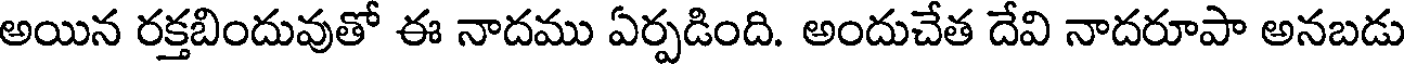
అయిన రక్తబిందువుతో ఈ నాదము ఏర్పడింది. అందుచేత దేవి నాదరూపా అనబడు